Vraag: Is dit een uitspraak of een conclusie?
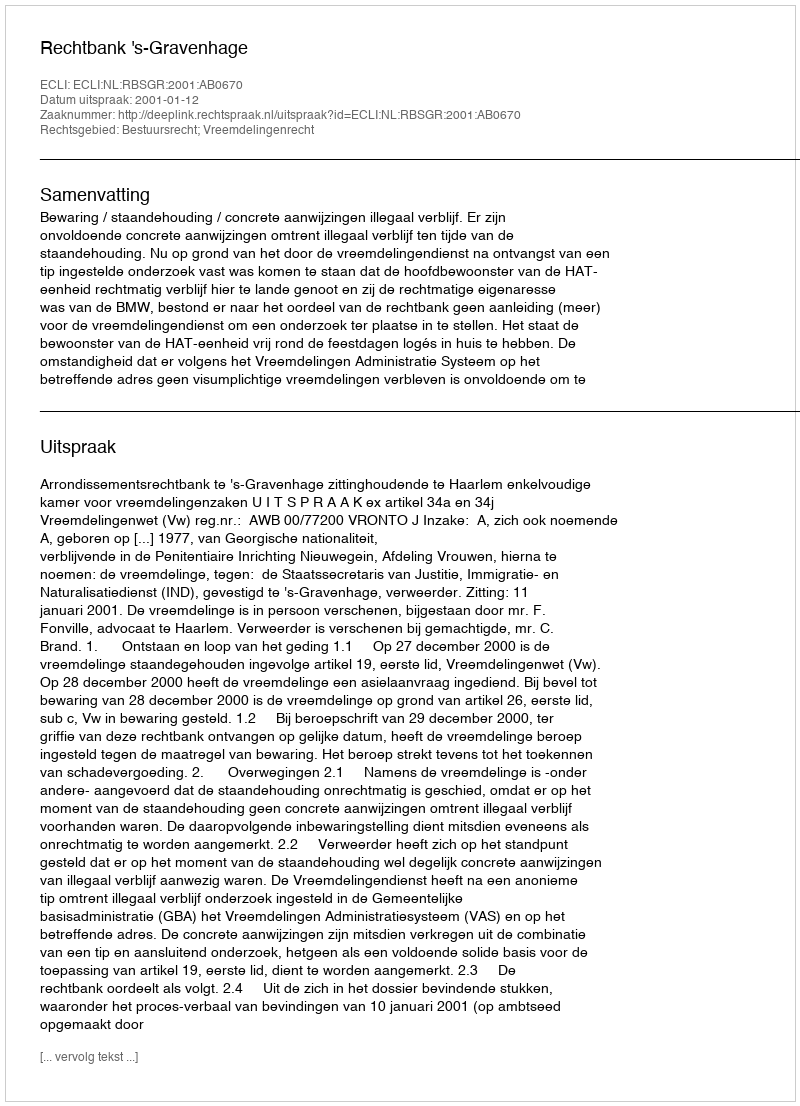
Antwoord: Uitspraak